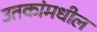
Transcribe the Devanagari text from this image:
उतकांमधील